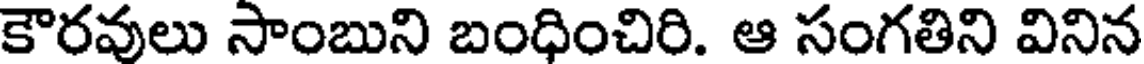
కౌరవులు సాంబుని బంధించిరి. ఆ సంగతిని వినిన